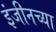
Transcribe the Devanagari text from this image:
इंजीनच्या